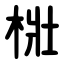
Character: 梉